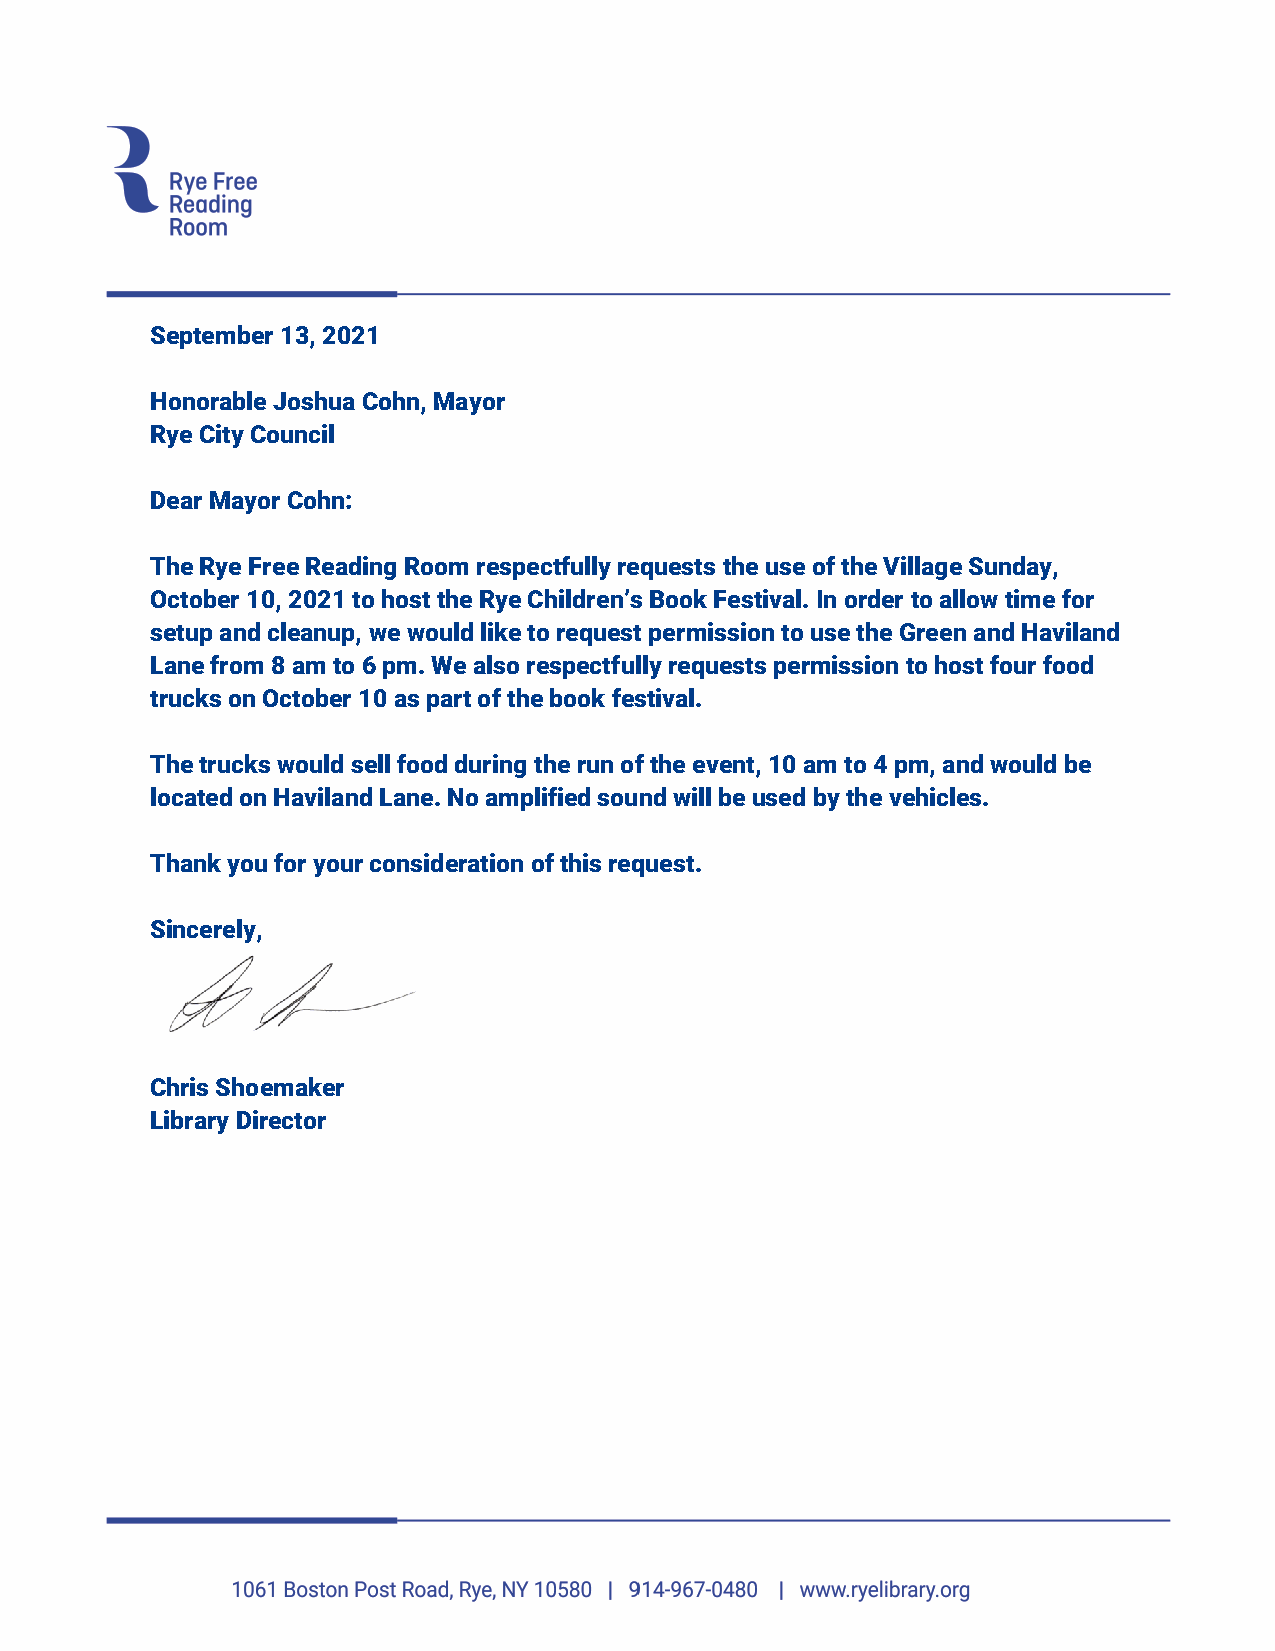
September 13, 2021
 Honorable Joshua Cohn, Mayor
 Rye City Council
 Dear Mayor Cohn:
 The Rye Free Reading Room respectfully requests the use of the Village Sunday,
 October 10, 2021 to host the Rye Children’s Book Festival. In order to allow time for
 setup and cleanup, we would like to request permission to use the Green and Haviland
 Lane from 8 am to 6 pm. We also respectfully requests permission to host four food
 trucks on October 10 as part of the book festival.
 The trucks would sell food during the run of the event, 10 am to 4 pm, and would be
 located on Haviland Lane. No amplified sound will be used by the vehicles.
 Thank you for your consideration of this request.
 Sincerely,
 Chris Shoemaker
 Library Director